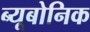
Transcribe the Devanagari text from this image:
ब्यूबोनिक